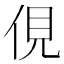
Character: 俔